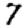
Digit: 7